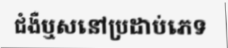
ជំងឺឬសនៅប្រដាប់ភេទ